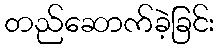
တည်ဆောက်ခဲ့ခြင်း